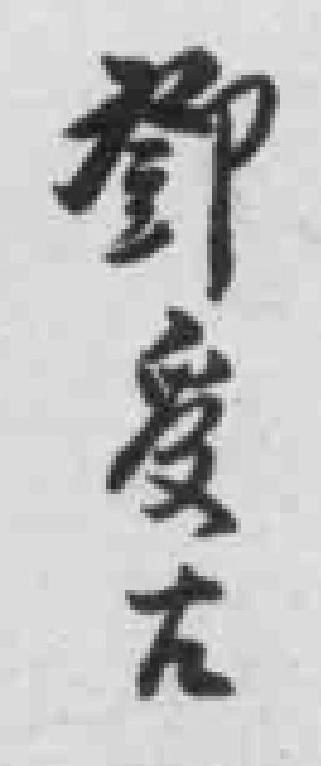
鄧爰右